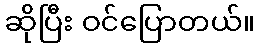
ဆိုပြီး ဝင်ပြောတယ်။